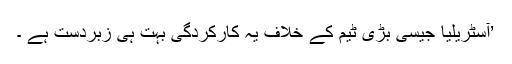
’آسٹریلیا جیسی بڑی ٹیم کے خلاف یہ کارکردگی بہت ہی زبردست ہے ۔